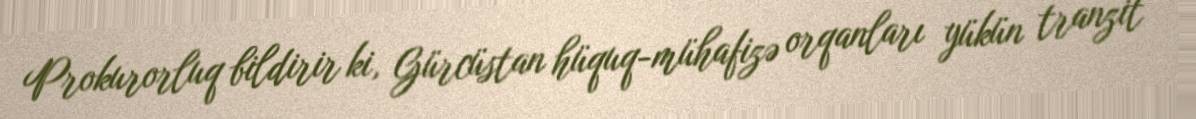
Prokurorluq bildirir ki, Gürcüstan hüquq-mühafizə orqanları yükün tranzit